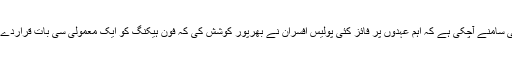
یہ بات بھی سامنے آچکی ہے کہ اہم عہدوں پر فائز کئی پولیس افسران نے بھرپور کوشش کی کہ فون ہیکنگ کو ایک معمولی سی بات قراردے دیاجائے ۔